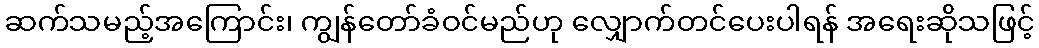
ဆက်သမည့်အကြောင်း၊ ကျွန်တော်ခံဝင်မည်ဟု လျှောက်တင်ပေးပါရန် အရေးဆိုသဖြင့်